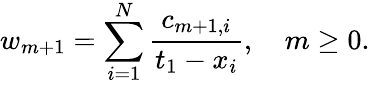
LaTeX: w_{m+1}=\sum_{i=1}^{N}{\frac{c_{m+1,i}}{t_{1}-x_{i}}},\quad m\ge 0.